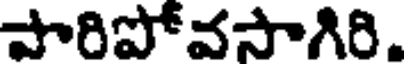
పారిపోవసాగిరి.